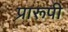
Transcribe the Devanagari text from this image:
प्रारूपी